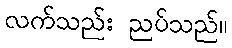
လက်သည်း ညပ်သည်။